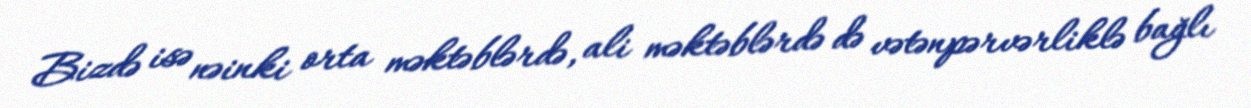
Bizdə isə nəinki orta məktəblərdə, ali məktəblərdə də vətənpərvərliklə bağlı